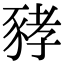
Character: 𧱐